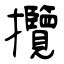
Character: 攬